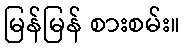
မြန်မြန် စားစမ်း။